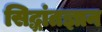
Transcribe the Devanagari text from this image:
सिद्धांतज्ञान